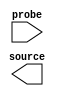

module source_probe (
	source,
	probe);	

	output	[23:0]	source;
	input	[23:0]	probe;
endmodule